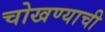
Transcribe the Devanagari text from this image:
चोखण्याची